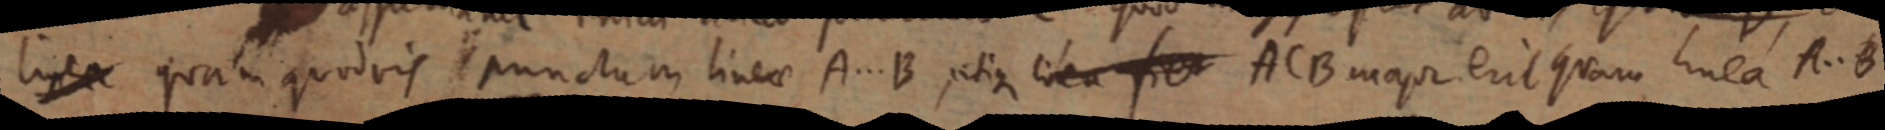
linea quam quodvis punctum linae A ... B ; etique linea fiet ACB major erit quam linea A .. B